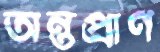
অন্তপ্রাণ